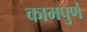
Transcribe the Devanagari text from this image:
कामपुर्ण